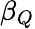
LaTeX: \beta_{Q}